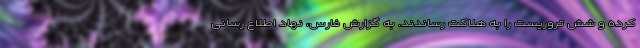
کرده و شش تروریست را به هلاکت رساندند. به گزارش فارس، نهاد اطلاع رسانی